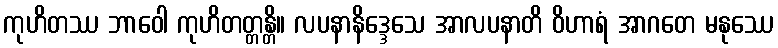
ကုဟိတဿ ဘာဝေါ ကုဟိတတ္တန္တိ။ လပနာနိဒ္ဒေသေ အာလပနာတိ ဝိဟာရံ အာဂတေ မနုဿေ